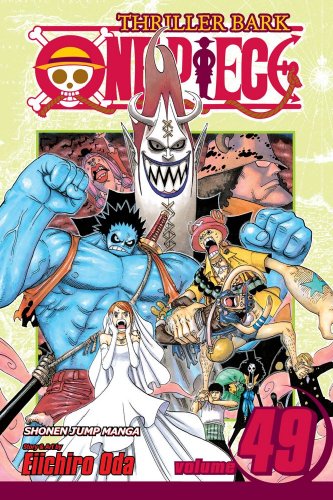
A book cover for One Piece, Vol. 49; Eiichiro Oda; Comics & Graphic Novels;